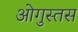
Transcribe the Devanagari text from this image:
ओगुस्तस